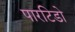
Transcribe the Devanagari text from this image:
पारटिडो